Civil Veterinary Dept. Bombay admin report 1893-99 - 1893-1899
Year: 1893
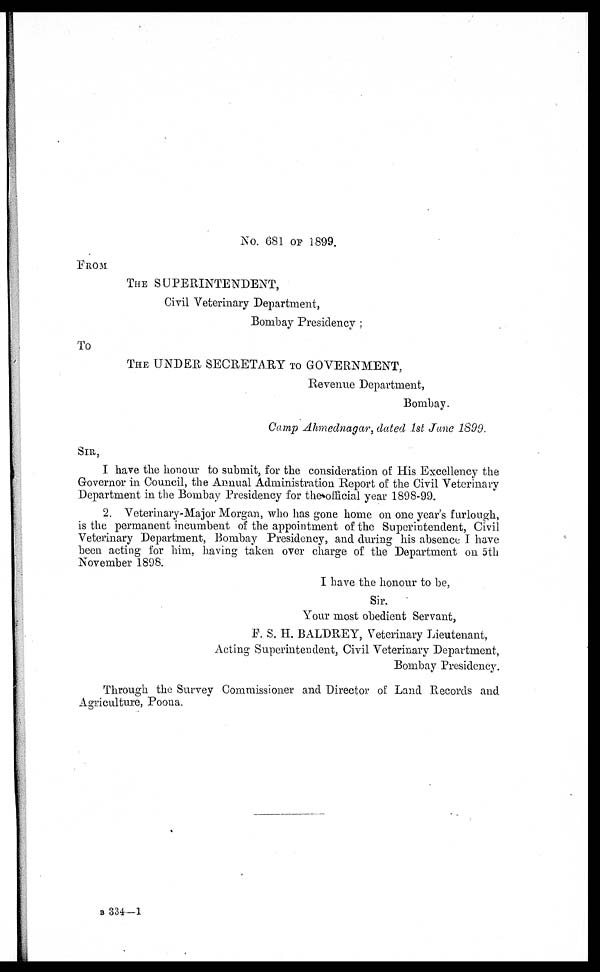
No. 681 OF 1899.
FROM
THE SUPERINTENDENT,
Civil Veterinary Department,
Bombay Presidency ;
To
THE UNDER SECRETARY TO GOVERNMENT,
Revenue Department,
Bombay.
Camp Ahmednagar, dated 1st June 1899.
SIR,
I have the honour to submit, for the consideration of His Excellency the
Governor in Council, the Annual Administration Report of the Civil Veterinary
Department in the Bombay Presidency for the official year 1898-99.
2. Veterinary-Major Morgan, who has gone home on one year's furlough,
is the permanent incumbent of the appointment of the Superintendent, Civil
Veterinary Department, Bombay Presidency, and during his absence I have
been acting for him, having taken over charge of the Department on 5th
November 1898.
I have the honour to be,
Sir,
Your most obedient Servant,
F. S. H. BALDREY, Veterinary Lieutenant,
Acting Superintendent, Civil Veterinary Department,
Bombay Presidency.
Through the Survey Commissioner and Director of Land Records and
Agriculture, Poona.
B 334—1